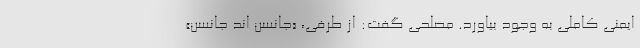
ایمنی کاملی به وجود بیاورد. مصلحی گفت: از طرفی، «جانسن اند جانسن»